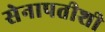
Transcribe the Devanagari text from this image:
सेनापतीशी